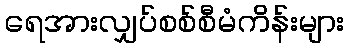
ရေအားလျှပ်စစ်စီမံကိန်းများ